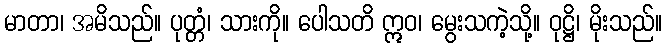
မာတာ၊ အမိသည်။ ပုတ္တံ၊ သားကို။ ပေါသတိ ဣဝ၊ မွေးသကဲ့သို့။ ဝုဋ္ဌိ၊ မိုးသည်။